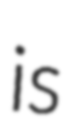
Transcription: is